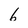
Character: 6